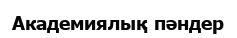
Академиялық пәндер